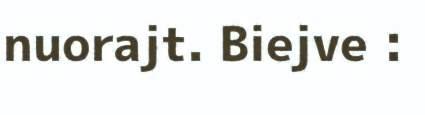
nuorajt. Biejve :